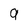
Character: 9